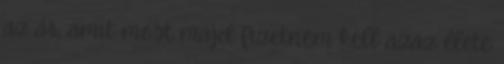
az ár, amit most majd fizetnem kell azaz élete